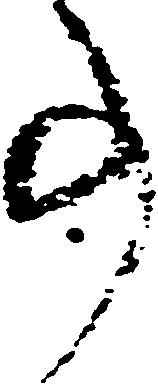
事